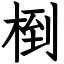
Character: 椡